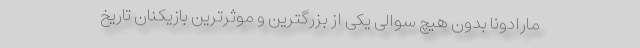
مارادونا بدون هیچ سوالی یکی از بزرگترین و موثرترین بازیکنان تاریخ